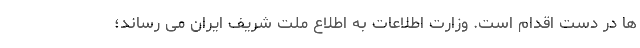
ها در دست اقدام است. وزارت اطلاعات به اطلاع ملت شریف ایران می رساند؛